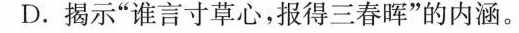
D.揭示”谁言寸草心，报得三春”的内涵。